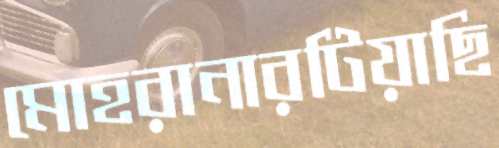
মোহরানারটিয়াছি